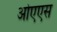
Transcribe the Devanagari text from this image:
ओएएस